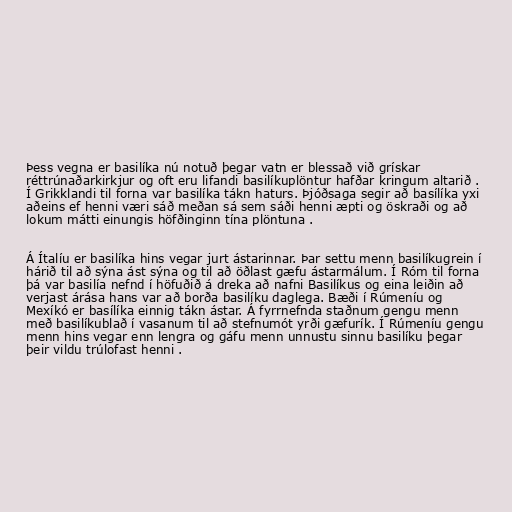
Þess vegna er basilíka nú notuð þegar vatn er blessað við grískar
réttrúnaðarkirkjur og oft eru lifandi basilíkuplöntur hafðar kringum altarið .
Í Grikklandi til forna var basilíka tákn haturs. Þjóðsaga segir að basílíka yxi
aðeins ef henni væri sáð meðan sá sem sáði henni æpti og öskraði og að
lokum mátti einungis höfðinginn tína plöntuna .

Á Ítalíu er basilíka hins vegar jurt ástarinnar. Þar settu menn basilíkugrein í
hárið til að sýna ást sýna og til að öðlast gæfu ástarmálum. Í Róm til forna
þá var basilía nefnd í höfuðið á dreka að nafni Basilíkus og eina leiðin að
verjast árása hans var að borða basilíku daglega. Bæði í Rúmeníu og
Mexíkó er basílíka einnig tákn ástar. Á fyrrnefnda staðnum gengu menn
með basilíkublað í vasanum til að stefnumót yrði gæfurík. Í Rúmeníu gengu
menn hins vegar enn lengra og gáfu menn unnustu sinnu basilíku þegar
þeir vildu trúlofast henni .